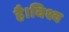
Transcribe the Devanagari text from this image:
है।विश्व